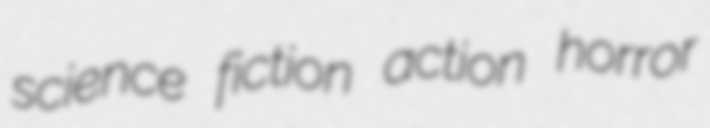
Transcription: science fiction action horror